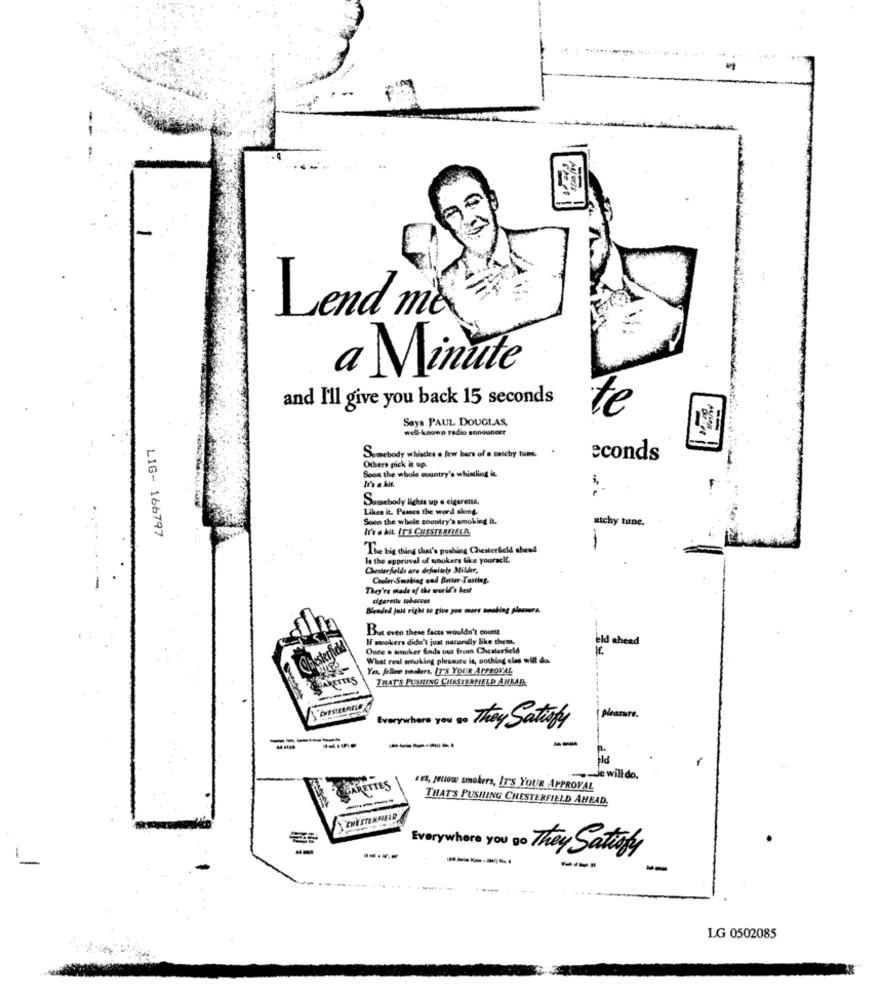
Lend me
a Minute
and I'll give you back 15 seconds
Says PAUL DOUGLAS,
te
well-known radio announcer
Somebody whiacies a few bars of a ostchy tuns.
Others pick it up.
econds
Soon the whole country's whimling it
Somebody lights up a cigarette.
Likes it. Passes the word along.
Soon the whole country's smoking it.
atchy tune.
LIG- 166797
It's a bit. IT'S CHESTERFIELD
-
The big thing that's pushing Chesterfield ahead
la the approval of wankers like yourself
Cooler Smoking and Better-Tasting.
They're made of the world's best
cigarette sobacoss
Blended Jus righe to give you more smoking plasure.
But even these facts wouldn't count
If mokers didn't just naturally Bike them.
eld ahead
Once a smoker finds out from Chesterfield
What real emuking pleasure is, nothing eles will do-
Yes, Jellem snelers, IT'S YOUR APPROVAL
THAT'S PUSHING CHESTERFIELD ANKAR
Everywhere you so They Satisfy
--
------
-Je will do.
ARETTES
LES, Jetiowe smokers, IT'S YOUR APPROVAL
THAT'S PUSHING CHESTERFIELD AHEAD.
CHESTERFIELD
-----
Everywhere you go They Satisfy
-----
-
------.
-----
LG 0502085